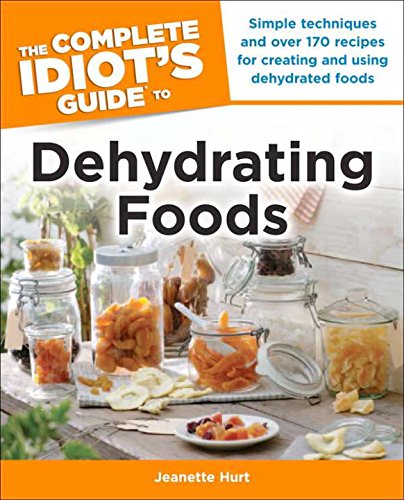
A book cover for The Complete Idiot's Guide to Dehydrating Foods (Idiot's Guides); Jeanette Hurt; Cookbooks, Food & Wine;